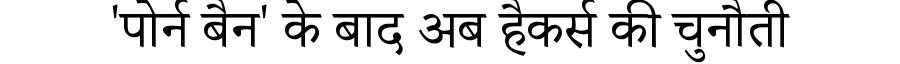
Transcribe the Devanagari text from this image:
'पोर्न बैन' के बाद अब हैकर्स की चुनौती